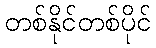
တစ်နိုင်တစ်ပိုင်